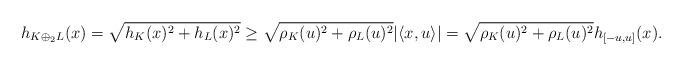
LaTeX: \begin{align*}h_{K\oplus_2L}(x)=\sqrt{h_K(x)^2+h_L(x)^2}\ge \sqrt{\rho_K(u)^2+\rho_L(u)^2}|\langle x,u\rangle|=\sqrt{\rho_K(u)^2+\rho_L(u)^2}h_{[-u,u]}(x).\end{align*}